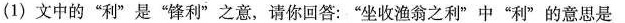
(1)文中的”利”是”锋利”之意，请你回答：”坐收渔翁之利”中”利”的意思是___